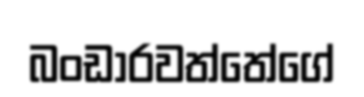
බංඩාරවත්තේගේ